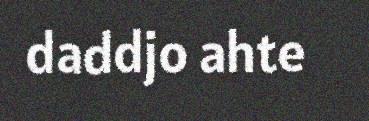
daddjo ahte